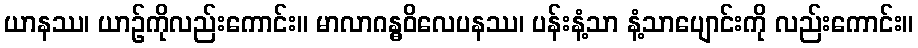
ယာနဿ၊ ယာဉ်ကိုလည်းကောင်း။ မာလာဂန္ဓဝိလေပနဿ၊ ပန်းနံ့သာ နံ့သာပျောင်းကို လည်းကောင်း။